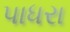
પાધરા